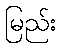
မြည်း